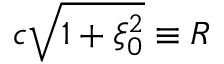
c \sqrt { 1 + \xi _ { 0 } ^ { 2 } } \equiv R